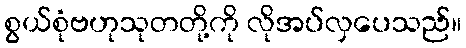
စွယ်စုံဗဟုသုတတို့ကို လိုအပ်လှပေသည်။